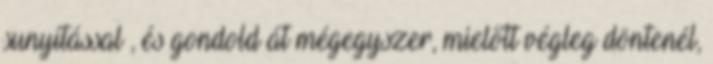
sunyítással , és gondold át mégegyszer, mielőtt végleg döntenél,